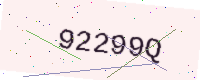
Text: 92299Q